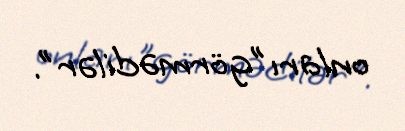
onları ”görmədilər".